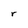
Character: r